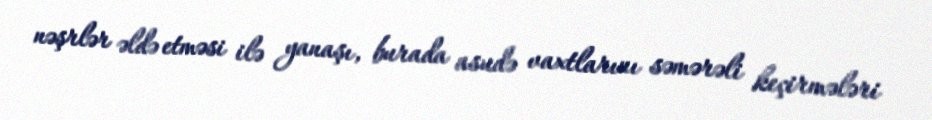
nəşrlər əldə etməsi ilə yanaşı, burada asudə vaxtlarını səmərəli keçirmələri